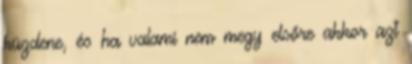
küzdene, és ha valami nem megy elsőre akkor azt